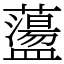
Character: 蘯